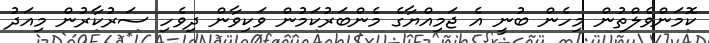
ކޮމަންވެލްތުން މިހެން ބުނީ އެ ޖަމިއްޔާގެ މެންބަރުކަމުން ވަކިވާން ދިވެހި ސަރުކާރުން މިއަދު